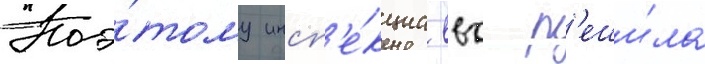
Поэ́тому инсп'е́кциа ввс р'еши́ла